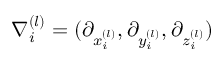
\nabla _ { i } ^ { ( l ) } = ( \partial _ { x _ { i } ^ { ( l ) } } , \partial _ { y _ { i } ^ { ( l ) } } , \partial _ { z _ { i } ^ { ( l ) } } )